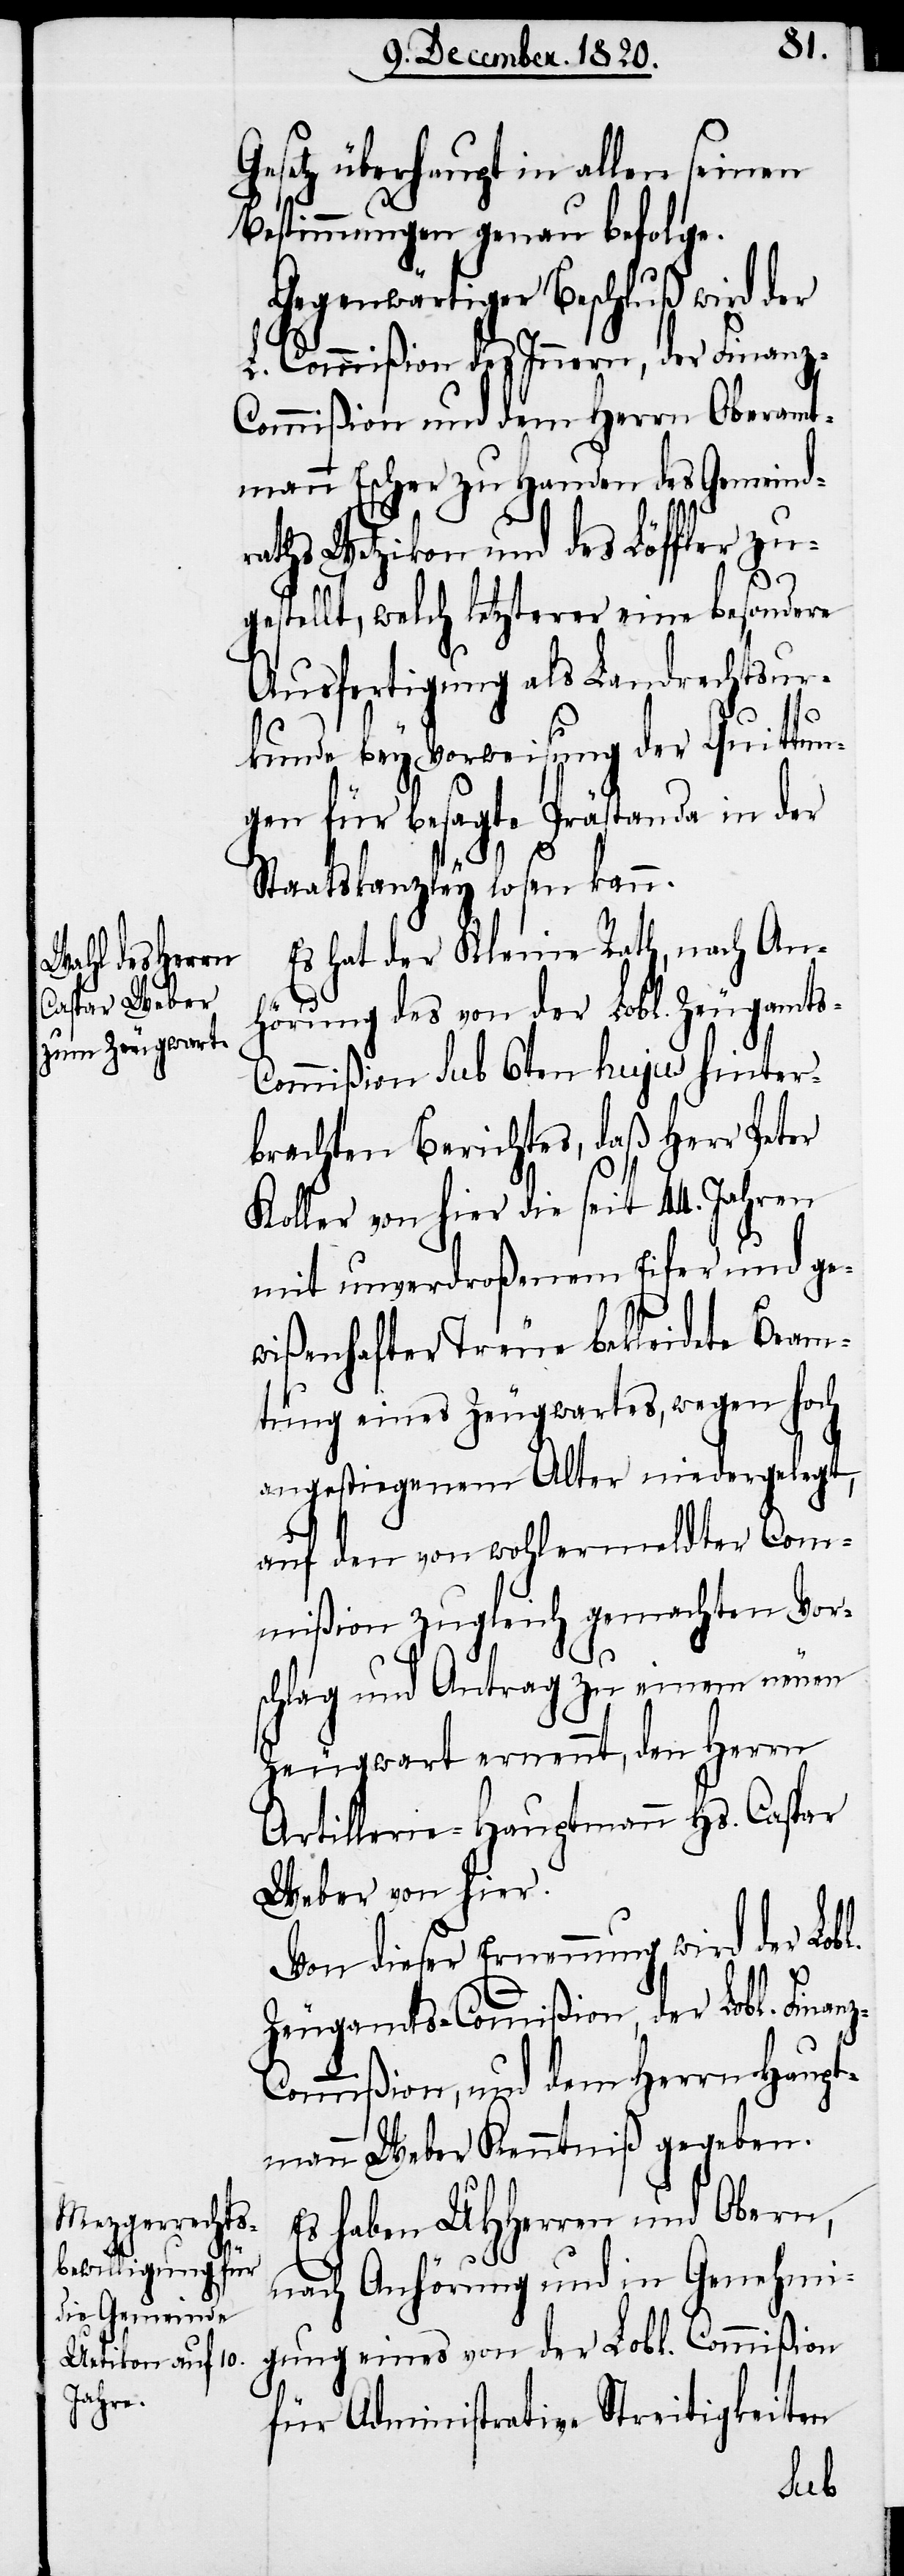
setz überhaupt in allen seinen
Bestimmungen genau befolge.
Gegenwärtiger Beschluß wird der
L. Commißion des Innern, der Finan¬
z-Commißion und dem Herrn Oberamt¬
mann Escher zu Handen des Gemeindr¬
aths Wetzikon und des Löffler zu¬
ellt, welch letzterer eine besondere
Ausfertigung als Landrechtsur¬
kunde bey Vorweisung der Quittun¬
gen für besagte Prästanda in der
Staatskanzley losen kann.
Es hat der Kleine Rath, nach An¬
hörung des von der Lobl. Zeugamts-C¬
ommißion sub 6ten hujus hinter¬
brachten Berichtes, daß Herr Peter
Koller von hier die seit 44. Jahren
mit unverdroßenem Eifer und ge¬
wißenhafter Treue bekleidete Beam¬
tung eines Zeugwartes, wegen hoch
angestiegenem Alter niedergelegt,
auf den von wohlermeldter Com¬
mißion zugleich gemachten Vor¬
schlag und Antrag zu einem neuen
Zeugwart ernennt, den Herrn
Artillerie-Hauptmann Hs. Caspar
Weber von hier.
Von dieser Ernennung wird der Lobl.
Zeugamts-Commißion, der Lobl. Finan¬
ommißion, und dem Herrn Haupt¬
mann Weber Kenntniß gegeben.
Es haben UHherren und Obern,
nach Anhörung und in Genehmi¬
gung eines von der Lobl. Commißion
für Administrative Streitigkeiten
z-C¬